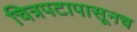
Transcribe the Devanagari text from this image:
चित्रपटापासूनच